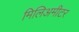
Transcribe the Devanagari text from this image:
मिलिअमीटर